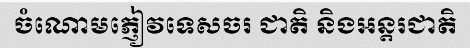
ចំណោមភ្ញៀវទេសចរ ជាតិ និងអន្តរជាតិ